Indian Civil Veterinary Department memoirs
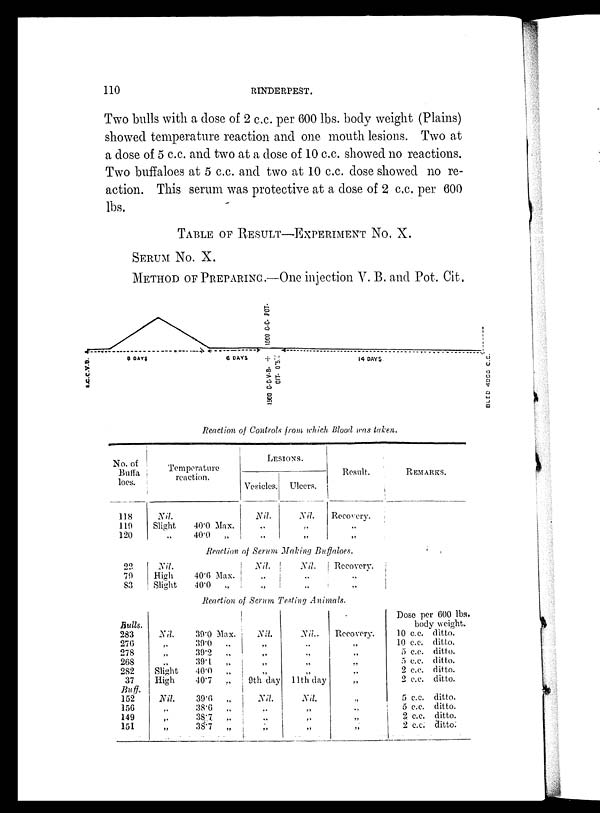
110
RINDERPEST.
Two bulls with a dose of 2 c.c. per 600 lbs. body weight (Plains)
showed temperature reaction and one mouth lesions. Two at
a dose of 5 c.c. and two at a dose of 10 c.c. showed no reactions.
Two buffaloes at 5 c.c. and two at 10 c.c. dose showed no re-
action. This serum was protective at a dose of 2 c.c, per 600
lbs.
TABLE OF RESULT-EXPERIMENT No. X.
SERUM No. X.
METHOD OF PREPARING.—One injection V. B. and Pot. Cit.
Reaction of Controls from which Blood was taken.
No. of
Buffa
loes.
118
119
120
Temperature
reaction.
Nil.
Slight
„
40.0 Max.
40.0
„
LESIONS.
Vesicles.
Nil.
„
„
Ulcers.
Nil.
„
„
Result.
Recovery.
„
„
REMARKS.
Reaction of Serum Making Buffaloes.
22
79
83
Nil.
High
Slight
40.6 Max.
40.0
„
Nil.
„
„
Nil.
„
„
Recovery.
„
„
Reaction of Serum Testing Animals.
Bulls.
283
276
278
268
282
37
Buff.
152
156
149
151
Nil.
„
„
„
Slight
High
Nil
„
„
„
39.0 Max.
39.0
„
39.2
„
39.1
„
40.0
„
40.7
„
39.6
„
38.6
„
38.7
„
38.7
„
Nil.
„
„
„
„
9th day
Nil.
„
„
„
Nil.
„
„
„
„
11th day
Nil.
„
„
„
Recovery.
„
„
„
„
„
„
„
„
„
Dose per 600 lbs.
body weight.
10 c.c. ditto.
10 c.c. ditto.
5 c.c. ditto.
5 c.c. ditto.
2 c.c. ditto.
2 c.c. ditto.
5 c.c. ditto.
5 c.c. ditto.
2 c.c. ditto.
2 c.c. ditto.